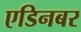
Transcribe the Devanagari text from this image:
एडिनबर